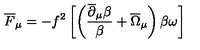
\overline { F } _ { \mu } = - f ^ { 2 } \left[ \left( \frac { \overline { \partial } _ { \mu } \beta } { \beta } + \overline { \Omega } _ { \mu } \right) \beta \omega \right]